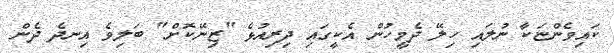
ކައިވެންޏަކާ ނުލައި ހިލޭ ދެމީހުން އެކީގައި ދިރިއުޅެ "ޒިނޭކޮށް" ބަލިވެ އިނދެ ދެން